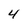
Character: 4